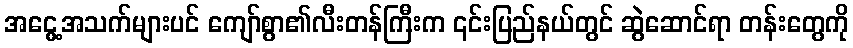
အငွေ့အသက်များပင် ကျော်စွာ၏လီးတန်ကြီးက ၎င်းပြည်နယ်တွင် ဆွဲဆောင်ရာ တန်းတွေကို